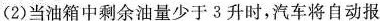
（2）当油箱中剩余油量少于3升时，汽车将自动报